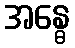
အန္ဓေ